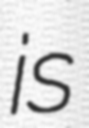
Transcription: is